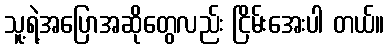
သူ့ရဲ့အပြောအဆိုတွေလည်း ငြိမ်းအေးပါ တယ်။